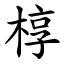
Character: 椁